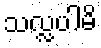
သလ္လပါမိ